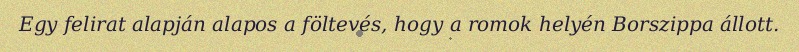
Egy felirat alapján alapos a föltevés, hogy a romok helyén Borszippa állott.